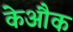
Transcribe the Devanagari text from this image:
केऔक